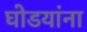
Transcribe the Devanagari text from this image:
घोडयांना